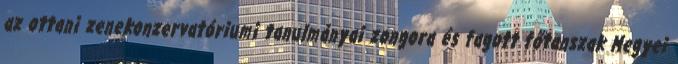
az ottani zenekonzervatóriumi tanulmányai zongora és fagott főtanszak Megyei